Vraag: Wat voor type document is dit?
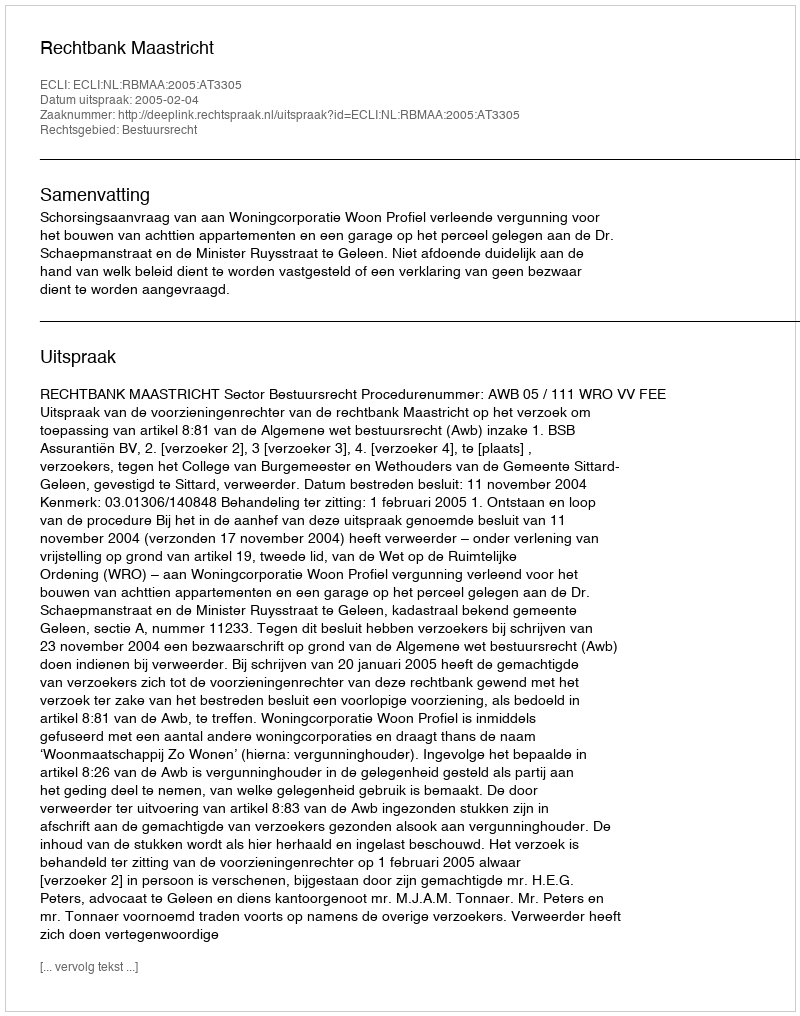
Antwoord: Uitspraak